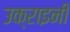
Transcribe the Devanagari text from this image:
उक्राइनी